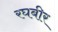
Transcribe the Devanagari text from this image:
रघबीर